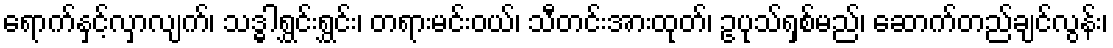
ရောက်နှင့်လှာလျက်၊ သဒ္ဓါရွှင်းရွှင်း၊ တရားမင်းဝယ်၊ သီတင်းအားထုတ်၊ ဥပုသ်ရှစ်မည်၊ ဆောက်တည်ချင်လွန်း၊